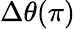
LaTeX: \Delta\theta(\pi)